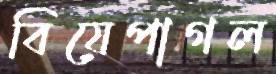
বিয়েপাগল